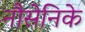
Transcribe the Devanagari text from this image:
नौसेनिके